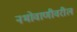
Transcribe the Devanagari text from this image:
नभोवाणीवरील